Vaccination report Assam 1874-1896 - 1874-1896
Year: 1874
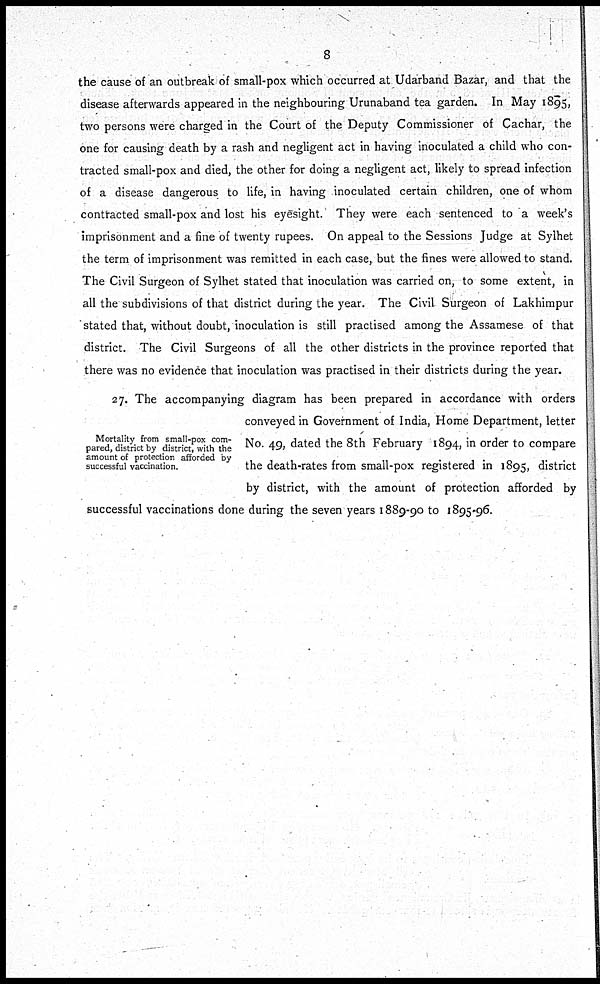
8
the cause of an outbreak of small-pox which occurred at Udarband Bazar, and that the
disease afterwards appeared in the neighbouring Urunaband tea garden. In May 1895,
two persons were charged in the Court of the Deputy Commissioner of Cachar, the
one for causing death by a rash and negligent act in having inoculated a child who con-
tracted small-pox and died, the other for doing a negligent act, likely to spread infection
of a disease dangerous to life, in having inoculated certain children, one of whom
contracted small-pox and lost his eyesight. They were each sentenced to a week's
imprisonment and a fine of twenty rupees. On appeal to the Sessions Judge at Sylhet
the term of imprisonment was remitted in each case, but the fines were allowed to stand.
The Civil Surgeon of Sylhet stated that inoculation was carried on, to some extent, in
all the subdivisions of that district during the year. The Civil Surgeon of Lakhimpur
stated that, without doubt, inoculation is still practised among the Assamese of that
district. The Civil Surgeons of all the other districts in the province reported that
there was no evidence that inoculation was practised in their districts during the year.
Mortality from small-pox com-
pared, district by district, with the
amount of protection afforded by
successful vaccination.
27. The accompanying diagram has been prepared in accordance with orders
conveyed in Government of India, Home Department, letter
No. 49, dated the 8th February 1894, in order to compare
the death-rates from small-pox registered in 1895, district
by district, with the amount of protection afforded by
successful vaccinations done during the seven years 1889-90 to 1895-96.